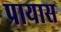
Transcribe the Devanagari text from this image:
प्रायास